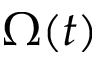
\Omega ( t )